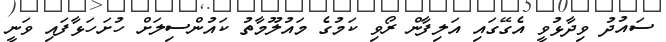
ސައުދު ވިދާޅުވީ އެގޭގައި އަލިފާން ރޯވި ކަމުގެ މައުލޫމާތު ކައުންސިލަށް ހުށަހަޅާފައި ވަނީ